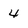
Character: 4